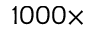
1 0 0 0 \times